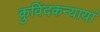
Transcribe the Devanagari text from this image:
कुविंदकन्यायां